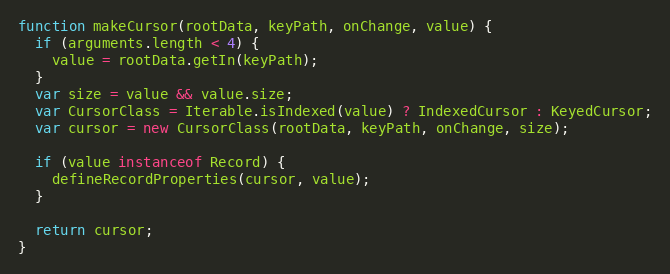
Language: JavaScript
function makeCursor(rootData, keyPath, onChange, value) {
  if (arguments.length < 4) {
    value = rootData.getIn(keyPath);
  }
  var size = value && value.size;
  var CursorClass = Iterable.isIndexed(value) ? IndexedCursor : KeyedCursor;
  var cursor = new CursorClass(rootData, keyPath, onChange, size);

  if (value instanceof Record) {
    defineRecordProperties(cursor, value);
  }

  return cursor;
}